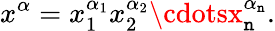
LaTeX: x^{\alpha}=x_{1}^{\alpha_{1}}x_{2}^{\alpha_{2}}\cdotsx_{\mathtt{n}}^{\alpha_{\mathtt{n}}}.